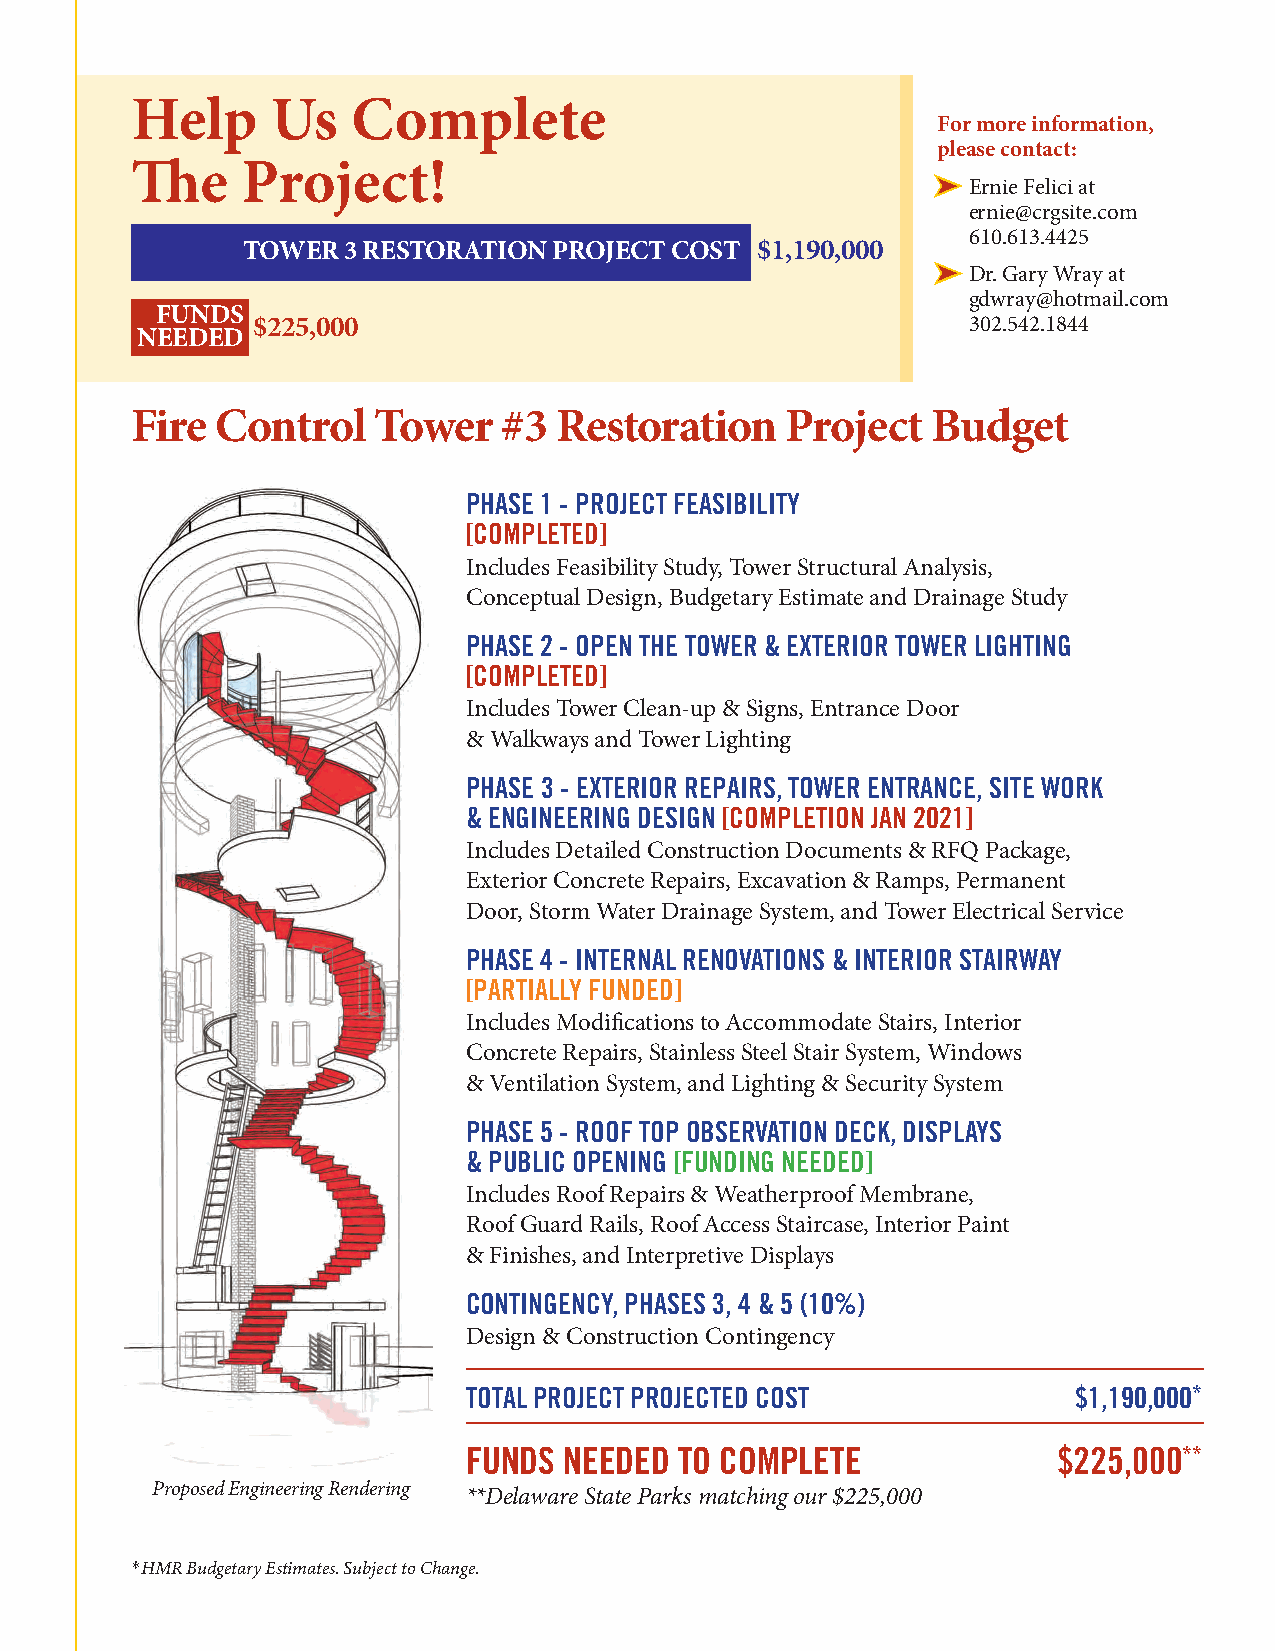
Help     Us   Complete
 For more information,
 please contact:
 The    Project!
 ➤ Ernie Felici at
 ernie@crgsite.com
 610.613.4425
 TOWER  3 RESTORATION PROJECT COST $1,190,000
 ➤ Dr. Gary Wray at
 gdwray@hotmail.com
 FUNDS
 $225,000                                       302.542.1844
 NEEDED
 Fire Control    Tower   #3  Restoration    Project   Budget
 PHASE 1 - PROJECT FEASIBILITY
 [COMPLETED]
 Includes Feasibility Study, Tower Structural Analysis,
 Conceptual Design, Budgetary Estimate and Drainage Study
 PHASE 2 - OPEN THE TOWER & EXTERIOR TOWER LIGHTING
 [COMPLETED]
 Includes Tower Clean-up & Signs, Entrance Door
 & Walkways and Tower Lighting
 PHASE 3 - EXTERIOR REPAIRS, TOWER ENTRANCE, SITE WORK
 & ENGINEERING DESIGN [COMPLETION JAN 2021]
 Includes Detailed Construction Documents & RFQ Package,
 Exterior Concrete Repairs, Excavation & Ramps, Permanent
 Door, Storm Water Drainage System, and Tower Electrical Service
 PHASE 4 - INTERNAL RENOVATIONS & INTERIOR STAIRWAY
 [PARTIALLY FUNDED]
 Includes Modifications to Accommodate Stairs, Interior
 Concrete Repairs, Stainless Steel Stair System, Windows
 & Ventilation System, and Lighting & Security System
 PHASE 5 - ROOF TOP OBSERVATION DECK, DISPLAYS
 & PUBLIC OPENING [FUNDING NEEDED]
 Includes Roof Repairs & Weatherproof Membrane,
 Roof Guard Rails, Roof Access Staircase, Interior Paint
 & Finishes, and Interpretive Displays
 CONTINGENCY, PHASES 3, 4 & 5 (10%)
 Design & Construction Contingency
 TOTAL PROJECT PROJECTED COST            $1,190,000*
 FUNDS NEEDED  TO COMPLETE              $225,000**
 Proposed Engineering Rendering
 **Delaware State Parks matching our $225,000
 *HMR Budgetary Estimates. Subject to Change.